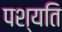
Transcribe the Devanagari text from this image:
पश्यति